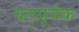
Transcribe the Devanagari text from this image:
बल़पूर्वक